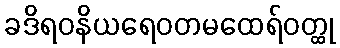
ခဒိရဝနိယရေဝတမထေရ်ဝတ္ထု